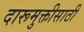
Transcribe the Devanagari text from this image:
दारूमुक्तीसाठी